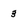
Character: 3